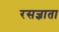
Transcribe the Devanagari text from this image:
रसज्ञाता